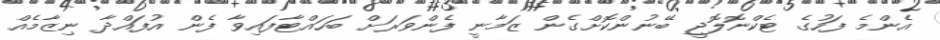
އެންމެ ފަހުގެ ޓެކްނޮލޮޖީ ބޭނުންކޮށްގެން ޒަމާނީ ފެންވަރަށް ބަހައްޓާފައިވާ ފެން އުފައްދާ ނިޒާމެއް